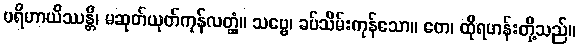
ပရိဟာယိဿန္တိ၊ မဆုတ်ယုတ်ကုန်လတ္တံ့။ သဗ္ဗေ၊ ခပ်သိမ်းကုန်သော။ တေ၊ ထိုရဟန်းတို့သည်။